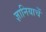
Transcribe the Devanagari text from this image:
ज्ञानियाचें